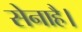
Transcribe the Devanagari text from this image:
सेनाहै।